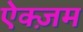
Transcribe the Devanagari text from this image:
ऐक्ज़म